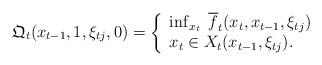
LaTeX: \begin{align*}\mathfrak{Q}_t( x_{t-1}, 1 , \xi_{t j} , 0 ) = \left\{ \begin{array}{l}\inf_{x_t} \; {\overline{f}}_t(x_t, x_{t-1}, \xi_{t j} ) \\ x_t \in X_t(x_{t-1}, \xi_{t j} ).\end{array}\right.\end{align*}